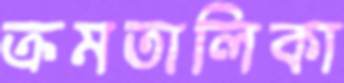
ক্রমতালিকা